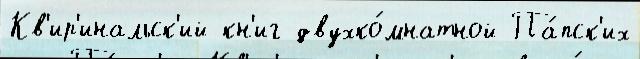
Кв'ир'инальск'ий кн'иг двухко́мнатной Па́пск'их